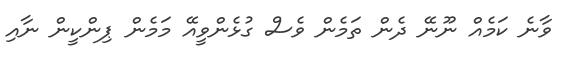
ވާނެ ކަމެއް ނޫނޭ ދެން ތަމެން ވެސް ގުޅެންވީއޭ މަމެން ޕިންކީން ނާއި